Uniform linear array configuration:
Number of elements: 8
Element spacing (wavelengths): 0.5
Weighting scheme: hann
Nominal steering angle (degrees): -45
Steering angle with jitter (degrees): -43.781
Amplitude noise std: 0.05
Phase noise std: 0.05

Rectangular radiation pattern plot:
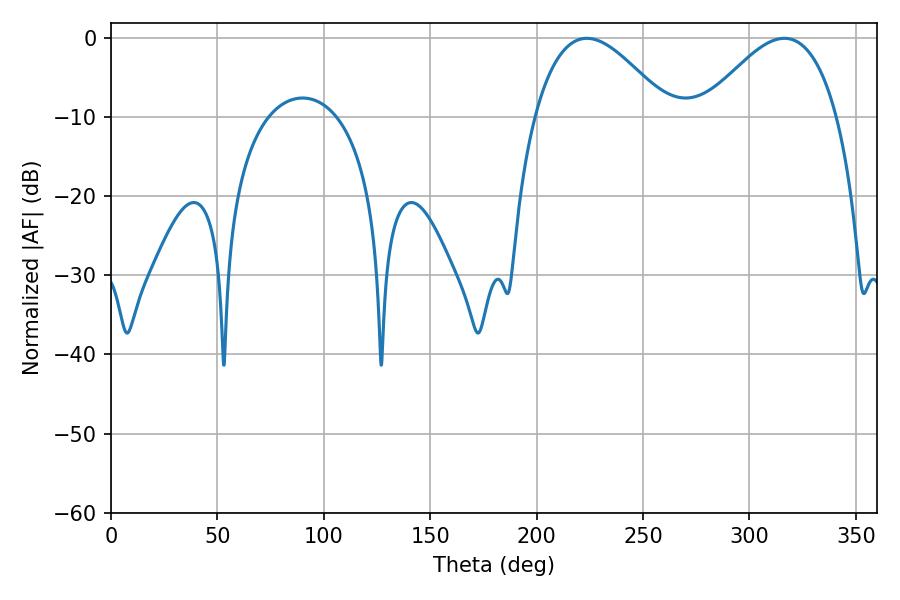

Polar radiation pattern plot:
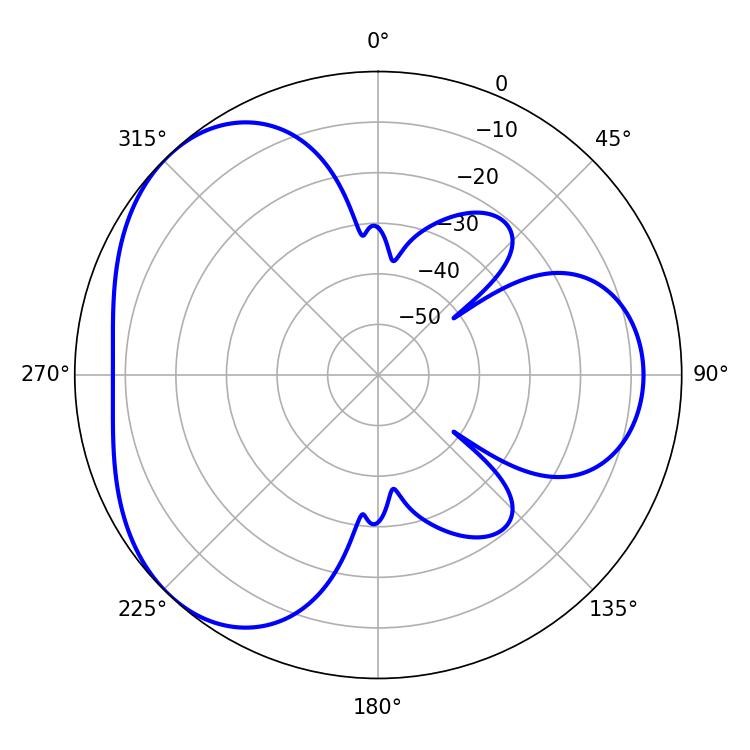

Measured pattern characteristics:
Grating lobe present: FALSE
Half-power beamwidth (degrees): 34.2
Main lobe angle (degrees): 223.56